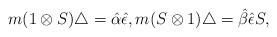
LaTeX: \begin{gather*}m(1\otimes{S})\bigtriangleup={\hat{\alpha}}{\hat{\epsilon}},m({S}\otimes 1)\bigtriangleup={\hat{\beta}}{\hat{\epsilon}}{S},\end{gather*}